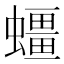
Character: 䗵